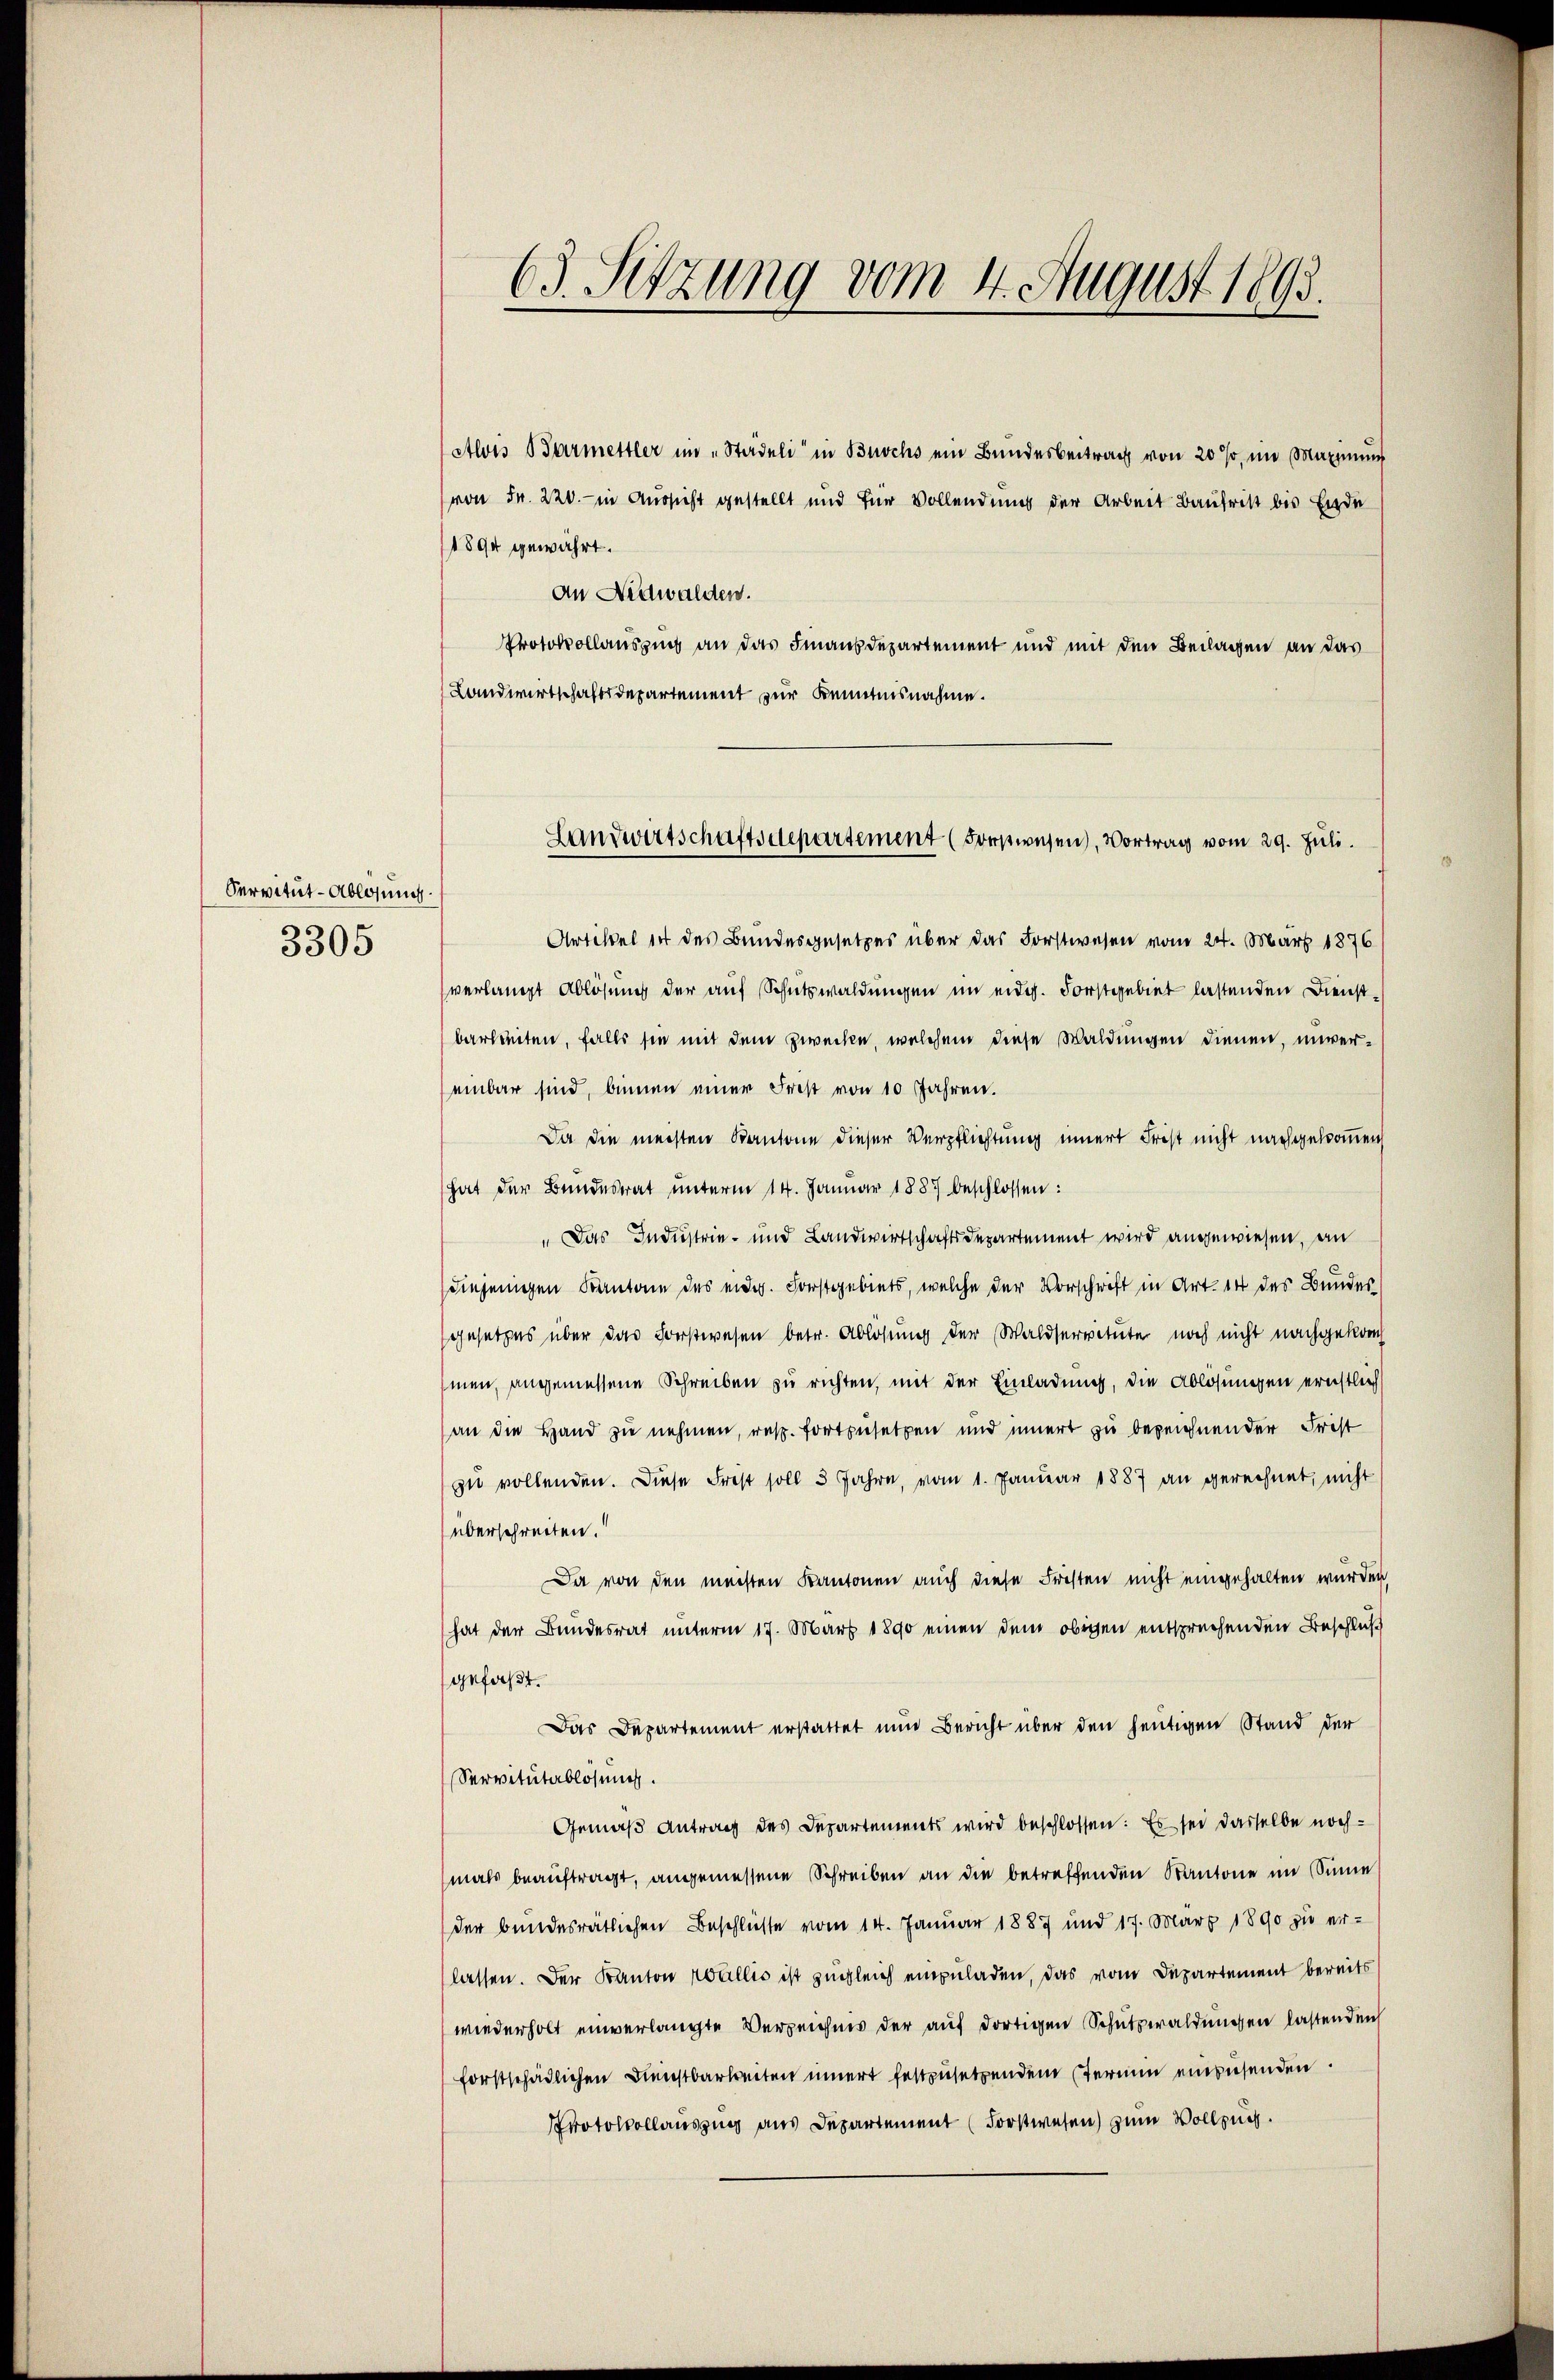
Servitut - Ablösung.
3305

63. Sitzung vom 4. August 1893.

Alois Parmettler im „Stadeli in Buchs ein Bundesbeitrag von 20 %, im Maximŭng
von Fr. 220.- in Aussicht gestellt und für Vollendung der Arbeit Baufrist bis Ende
1894 gewährt.
An Nidwalden.
Protokollauszug an das Finanzdepartement und mit den Beilagen an das
Landwirtschaftsdepartement zur Kenntnisnahme.
Artikel 14 des Bundesgesetzes über das Forstwesen vom 24. März 1876
verlangt Ablösung der auf Schutzwaldungen im eidg. Forstgebiet lastenden Dienstbarbeiten, falls sie mit dem Zwecke, welchem diese Waldungen dienen, unvereinbar sind, binnen einer Frist von 10 Jahren.
Da die meisten Kantone dieser Verpflichtung innert Frist nicht nachgekommen
hat der Bundesrat unterm 14. Januar 1887 beschlossen:
„Das Industrie- und Landwirtschaftsdepartement wird angewiesen, an
diejenigen Kantone des eidg. Forstgebiets, welche der Vorschrift in Art. 14 des Bundes,
gesetzes über das Forstwesen betr. Ablösung der Waldservituter noch nicht nachgekom
hmen, angemessene Schreiben zu richten, mit der Einladung, die Ablösungen ernstleich
an die Hand zu nehmen, resp. fortzusetzen und innert zu bezeichnender Frist
zu vollenden. Diese Frist soll 3 Jahre, vom 1. Januar 1887 an gerechnet, nicht
überschreiten.
Da von den meisten Kantonen auch diese Frosten nicht eingehalten wurden,
hat der Bundesrat unterm 17. März 1890 einen dem obigen entsprechenden Beschluß
gefaßt.
Das Departement erstattet nun Bericht über den heutigen Stand der
Servitutablösung.
Gemäß Antrag des Departements wird beschlossen: Es sei dasselbe nochmals beauftragt, angemessene Schreiben an die betreffenden Kantone im Sinne
der bundesrätlichen Beschliesse vom 14. Januar 1887 und 17. März 1890 zu er-
lassen. Der Kanton Wallis ist zugleich einzuladen, das vom Departement bereits
wiederholt einverlangte Verzeichnis der auf dortigen Schutzwaldungen lastenden
forstschädlichen Dienstbarkeiten innert festzusetzendem termin einzusenden.
Protokollauszug aus Departement (Forstwesen) zum Vollzug.

Landwirtschaftsdepartement (Forstwesen, Vortrag vom 29. Juli.